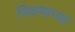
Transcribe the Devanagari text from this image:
नियमाच्या